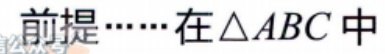
前提……在\(\triangle ABC\)中